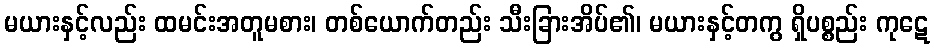
မယားနှင့်လည်း ထမင်းအတူမစား၊ တစ်ယောက်တည်း သီးခြားအိပ်၏၊ မယားနှင့်တကွ ရှိပစ္စည်း ကုဋေ